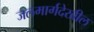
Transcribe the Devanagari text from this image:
जलमार्गदेखील